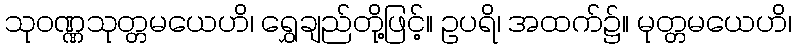
သုဝဏ္ဏသုတ္တမယေဟိ၊ ရွှေချည်တို့ဖြင့်။ ဥပရိ၊ အထက်၌။ မုတ္တမယေဟိ၊